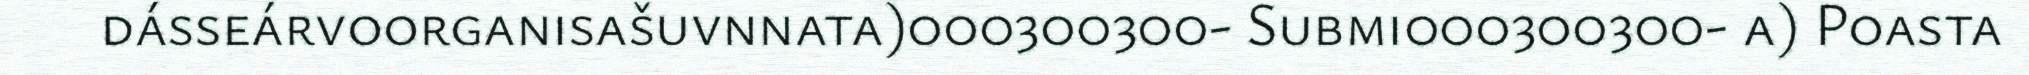
dásseárvoorganisašuvnnata)000300300- Submi000300300- a) Poasta